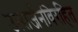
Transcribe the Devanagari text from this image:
उत्सर्जनविरहित